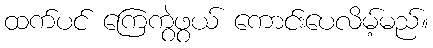
ထက်ပင် ကြေကွဲဖွယ် ကောင်းပေလိမ့်မည်။